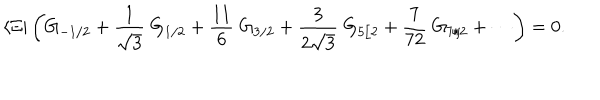
LaTeX: \langle \Xi | \left( G _ { - 1 / 2 } + \frac { 1 } { \sqrt { 3 } } \ G _ { 1 / 2 } + \frac { 1 1 } { 6 } \ G _ { 3 / 2 } + \frac { 3 } { 2 \sqrt { 3 } } \ G _ { 5 / 2 } + \frac { 7 } { 7 2 } \ G _ { 7 / 2 } + \cdots \right) = 0 .